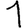
Digit: 1